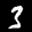
Label: 3